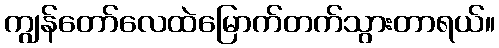
ကျွန်တော်လေထဲမြောက်တက်သွားတာရယ်။